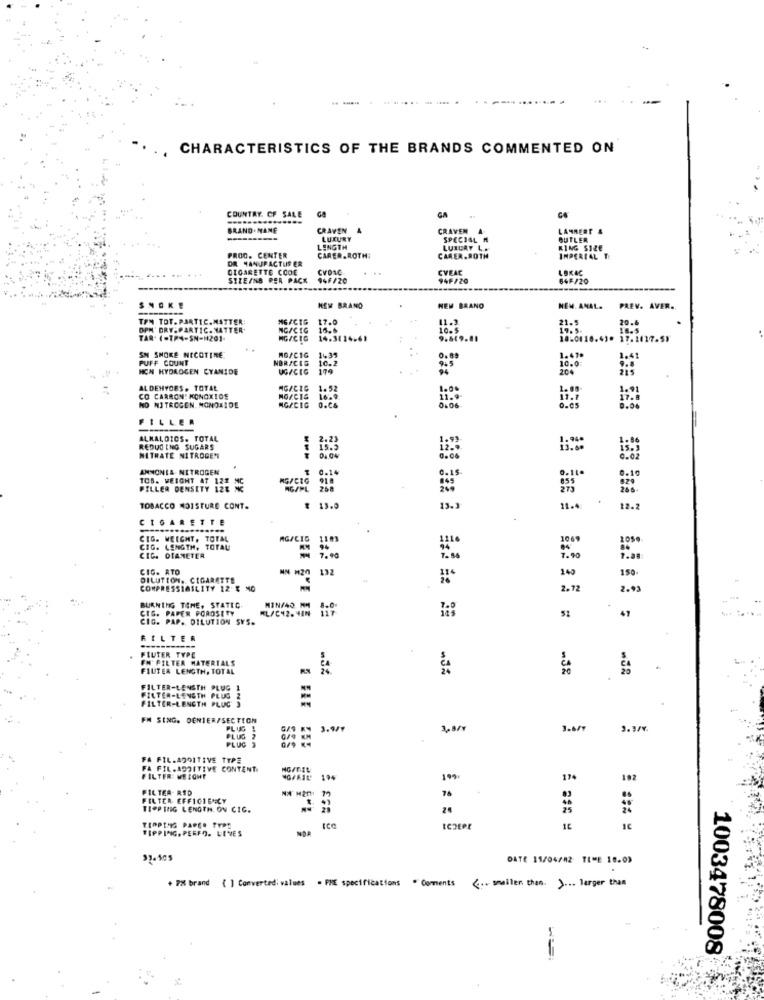
--
--
CHARACTERISTICS OF THE BRANDS COMMENTED ON
COUNTRY. CF SALE
GA
GA
BRAND . NANE
CRAVEN
CRAVEN
LAMMERT &
LUXURY
SPECIAL M
BUTLER
LENGTH
LUXURY L.
KING SIZE
PROO. CENTER
DR HANUPACTUS ER
CARER.ROTH:
CARER.ROTH
IMPERIAL T
CIGARETTE CODE
CVONC
CVEAC
LBKAC
SIZE/NB PER PACK
94F/20
941/20
64F/20
SNOKE
HEW BRAND
NEM BAANO
NEM. ANAL. PREV. AVER.
TPM TOT. PARTIC.MATTER:
MG/CTG
17.0
21-5
20.6
DPM' DRY- PARTIC. MATTER.
NG/CIG
16.6
19.5.
TAR. (-TP4-SN-1201-
MG/CIG
14.3114-6
9.669.81
10-0118.41. 17.1117.55
17.1117.55
SN SMOKE NICOTINE
PUFF COUNT
NORACIG
10.2
1435
1.41.
10.05
1.41
HON HYDROGEN CYANIDE
UG/CIG
204
ALDEHYDES. TOTAL
MGACIG
1.52
1.00
1.00
CO CARRON! KONOXIOS
NO/CIS
16.9
NO NITROGEN. MONOXIDE
AGICIG
0.C&
0.06
FILLER
ALMALDIOS. TOTAL
2.23
2.23
1.04.
REDUC ING SUGARS
15.5
NITRATE NITROGEN
3.02
ANNONLA NITROGEN
0.14
TOS. WEIGHT AT 121
MG/CIG
91.
0.10
PILLER DENSITY 128 C
RG/PL
268
266-
TOBACCO MOISTURE CONT.
₹ 13.0
13.
11.
12.2
CIGARETTE
CIG. WEIGHT, TOTAL
MG/CIG
110
1045
CIG. LENGTH, TOTAL
94
CIG. DIAMETER
7.90
7.90
7.88
CIG. ATO
NN 120
132
140
150-
DILUTION. CIGARETTE
COMPRESSIMILITY 12 E MO
2.72
2.93
BURNING TENE, STATIC
CIG. PAPER POROSITY
ML/C42. 4EN
MIN/40 MM
CIG. PAP. DILUTION SVS.
51
FILTER
FLUTER TYPE
FM' FILTER MATERIALS
FILTER LENGTH, TOTAL
4
FILTER-LENGTH PLUG 1
FILTER-LENGTH PLUS 2
FILTER-LENGTH PLUC
FM SING. DENIER/SECTION
PLUG !
3.6/7
PLUG 2
PLUG
FA FIL.ADDITIVE TYPE
FA FIL.ADDITIVE CONTENT.
FILTER: WEIGHT
199
17.
192
FILTER- RED
76
FILTER EFFICIENCY
TIOP TEG LENGTH. ON CIC.
24
TROPTHIS PAPER TYPE
TIPPING, PERFO. LEVES
Ice
ICDEPE
51.405
DATE 11/04/42 TIME 10.0)
+ 78 brand ( ] Converted: values . PHE specifications . Comments
( .. smaller than. ) ... larger than
1003478008